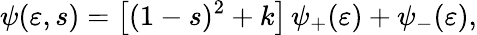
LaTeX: \psi(\mathbf{\varepsilon},s)=\left[(1-s)^{2}+k\right]\, \psi_{+}(\mathbf{\varepsilon})+\psi_{-}(\mathbf{\varepsilon}),